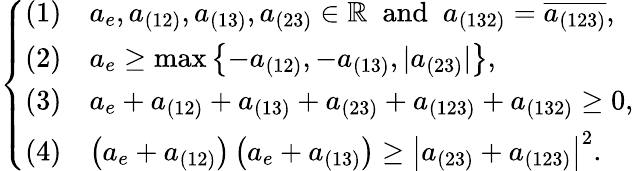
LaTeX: \left\{ \begin{array}{ll}{(1)}&{a_{e},a_{(12)},a_{(13)},a_{(23)}\in\mathbb{R}\; \mathrm{~and~}\; a_{(132)}=\overline{{a_{(123)}}},}\\ {(2)}&{a_{e}\ge\operatorname*{max}\left\{ -a_{(12)},-a_{(13)},|a_{(23)}|\right\} ,}\\ {(3)}&{a_{e}+a_{(12)}+a_{(13)}+a_{(23)}+a_{(123)}+a_{(132)}\ge 0,}\\ {(4)}&{\left(a_{e}+a_{(12)}\right)\left(a_{e}+a_{(13)}\right)\geq\left|a_{(23)}+a_{(123)}\right|^{2}.}\end{array}\right.